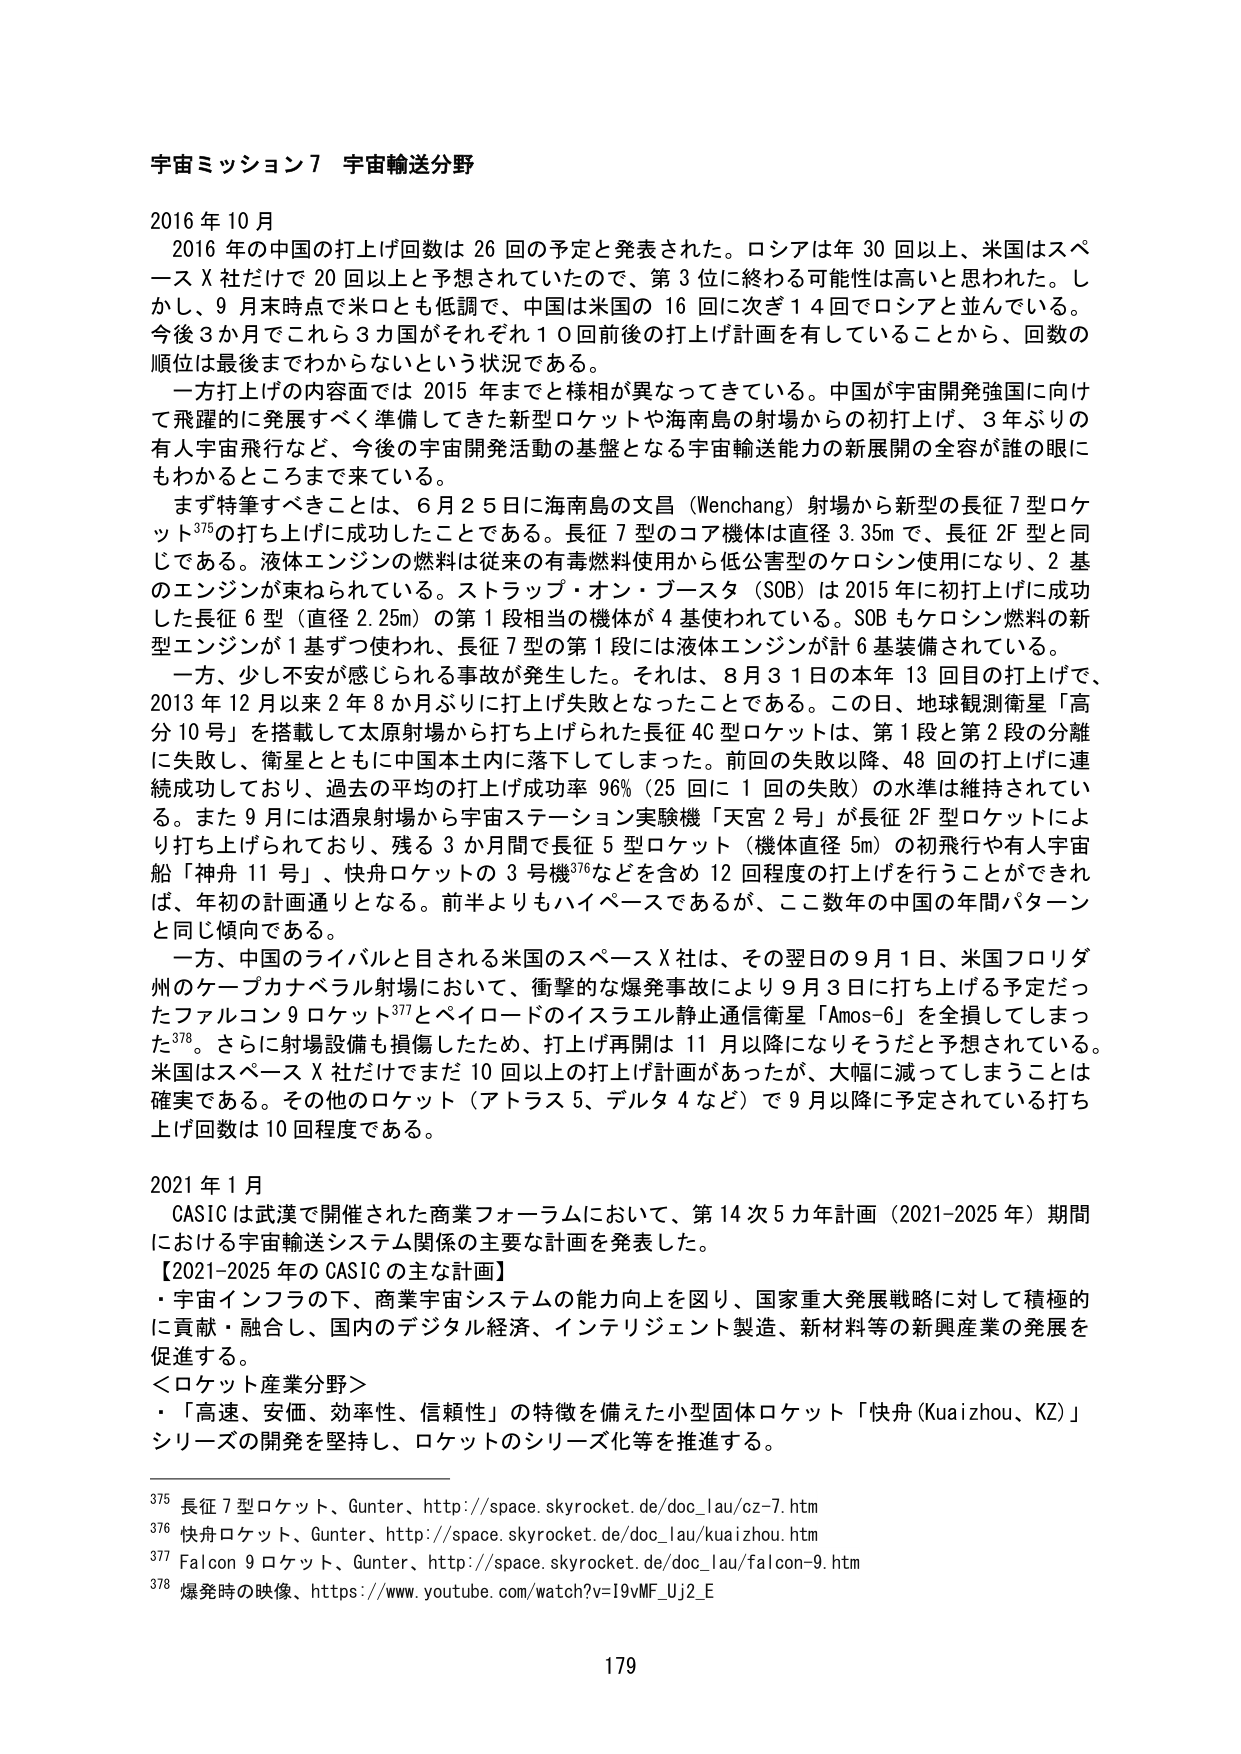
宇宙ミッション７ 宇宙輸送分野

2016年10月
　2016年の中国の打上げ回数は26回の予定と発表された。ロシアは年30回以上、米国はスペースX社だけで20回以上と予想されていたので、第3位に終わる可能性は高いと思われた。しかし、9月末時点で米ロとも低調で、中国は米国の16回に次ぎ14回でロシアと並んでいる。今後3か月でこれら3カ国がそれぞれ10回前後の打上げ計画を有していることから、回数の順位は最後までわからないという状況である。
　一方打上げの内容面では2015年までと様相が異なってきている。中国が宇宙開発強国に向けて飛躍的に発展すべく準備してきた新型ロケットや海南島の射場からの初打上げ、3年ぶりの有人宇宙飛行など、今後の宇宙開発活動の基盤となる宇宙輸送能力の新展開の全容が誰の眼にもわかるところまで来ている。
　まず特筆すべきことは、6月25日に海南島の文昌（Wenchang）射場から新型の長征7型ロケット375の打ち上げに成功したことである。長征7型のコア機体は直径3.35mで、長征2F型と同じである。液体エンジンの燃料は従来の有毒燃料使用から低公害型のケロン使用になり、2基のエンジンが束ねられている。ストラップ・オン・ブースタ（SOB）は2015年に初打上げに成功した長征6型（直径2.25m）の第1段相当の機体が4基使われている。SOBもケロン燃料の新型エンジンが1基ずつ使われ、長征7型の第1段には液体エンジンが計6基装備されている。
　一方、少し不安が感じられる事故が発生した。それは、8月31日の本年13回目の打上げで、2013年12月以来2年8か月ぶりに打上げ失敗となったことである。この日、地球観測衛星「高分10号」を搭載して太原射場から打ち上げられた長征4C型ロケットは、第1段と第2段の分離に失敗し、衛星とともに中国本土内に落下してしまった。前回の失敗以降、48回の打上げに連続成功しており、過去の平均の打上げ成功率96%（25回に1回の失敗）の水準は維持されている。また9月には酒泉射場から宇宙ステーション実験機「天宮2号」が長征2F型ロケットにより打ち上げられており、残る3か月間で長征5型ロケット（機体直径5m）の初飛行や有人宇宙船「神舟11号」、快舟ロケットの3号機376などを含め12回程度の打上げを行うことができれば、年初の計画通りとなる。前半よりもハイペースであるが、ここ数年の中国の年間パターンと同じ傾向である。
　一方、中国のライバルと目される米国のスペースX社は、その翌日の9月1日、米国フロリダ州のケープカナベラル射場において、衝撃的な爆発事故により9月3日に打ち上げる予定だったファルコン9ロケット377とペイロードのイスラエル静止通信衛星「Amos-6」を全損してしまった378。さらに射場設備も損傷したため、打上げ再開は11月以降になりそうだ予想されている。米国はスペースX社だけでまだ10回以上の打上げ計画があったが、大幅に減ってしまうことは確実である。その他のロケット（アトラス5、デルタ4など）で9月以降に予定されている打上げ回数は10回程度である。

2021年1月
　CASICは武漢で開催された商業フォーラムにおいて、第14次5カ年計画（2021-2025年）期間における宇宙輸送システム関係の主要な計画を発表した。
【2021-2025年のCASICの主な計画】
・宇宙インフラの下、商業宇宙システムの能力向上を図り、国家重大発展戦略に対して積極的に貢献・融合し、国内のデジタル経済、インテリジェント製造、新材料等の新興産業の発展を促進する。
＜ロケット産業分野＞
・「高速、安価、効率性、信頼性」の特徴を備えた小型固体ロケット「快舟（Kuaizhou、KZ）」シリーズの開発を堅持し、ロケットのシリーズ化等を推進する。

375 長征7型ロケット、Gunter、http://space.skyrocket.de/doc_lau/cz-7.htm
376 快舟ロケット、Gunter、http://space.skyrocket.de/doc_lau/kuaizhou.htm
377 Falcon 9ロケット、Gunter、http://space.skyrocket.de/doc_lau/falcon-9.htm
378 爆発時の映像、https://www.youtube.com/watch?v=I9vMF_Uj2_E

179